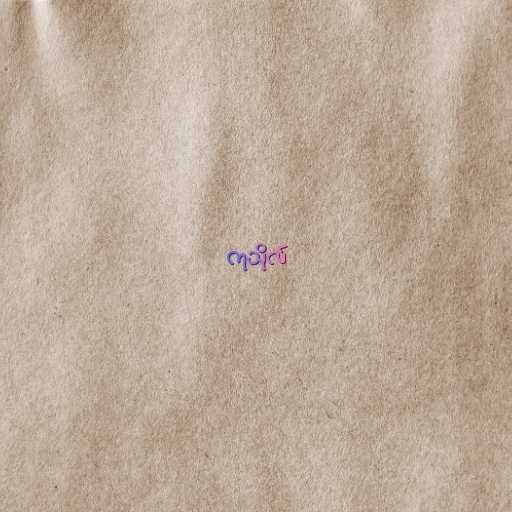
ကုသိုလ်